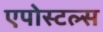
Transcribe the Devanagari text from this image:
एपोस्टल्स